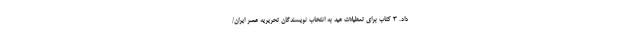
داد. 3 کتاب برای تعطیلات عید به انتخاب نویسندگان تحریریه عصر ایران/